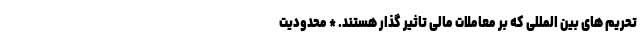
تحریم های بین المللی که بر معاملات مالی تاثیر گذار هستند. * محدودیت